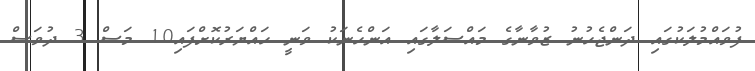
ފުވައްމުލަކުގައި ދަންޖެހުނު ޒުވާނާގެ މައްސަލާގައި އަންހެނަކު ވަނީ ހައްޔަރުކޮށްފައި10 މަސް 3 ދުވަސް